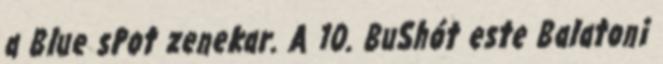
a Blue sPot zenekar. A 10. BuShót este Balatoni